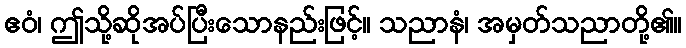
ဧဝံ၊ ဤသို့ဆိုအပ်ပြီးသောနည်းဖြင့်။ သညာနံ၊ အမှတ်သညာတို့၏။